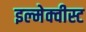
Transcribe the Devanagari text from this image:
इल्मेक्वीस्ट